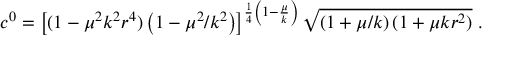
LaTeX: c ^ { 0 } = \left[ ( 1 - \mu ^ { 2 } k ^ { 2 } r ^ { 4 } ) \left( 1 - \mu ^ { 2 } / k ^ { 2 } \right) \right] ^ { \frac { 1 } { 4 } \left( 1 - \frac { \mu } { k } \right) } \sqrt { \left( 1 + \mu / k \right) ( 1 + \mu k r ^ { 2 } ) } \; .